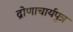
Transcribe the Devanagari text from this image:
द्रोणाचार्यपुत्र